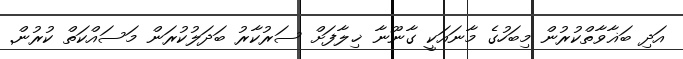
އަދި ބަޣާވާތްކުރުން މިބަހުގެ މާނައަކީ ގާނޫނާ ޚިލާފަށް ސަރުކާރު ބަދަލުކުރަން މަސައްކަތް ކުރުން